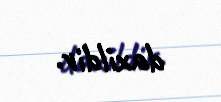
daxildir.